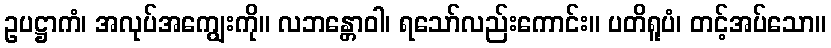
ဥပဋ္ဌာကံ၊ အလုပ်အကျွေးကို။ လဘန္တောဝါ၊ ရသော်လည်းကောင်း။ ပတိရူပံ၊ တင့်အပ်သော။